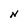
Character: N